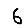
Digit: 6